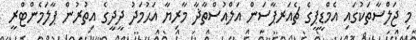
މި ޖަލްސާތަކުގައި އެމްޑީޕީގެ ޗެއަރޕާސަން އަލްއުސްތާޛާ މާރިޔާ އަޙުމަދު ދީދީގެ އިތުރުން ޕާލަމެންޓްރީ